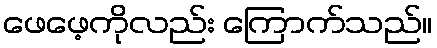
ဖေဖေ့ကိုလည်း ကြောက်သည်။